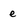
Character: e